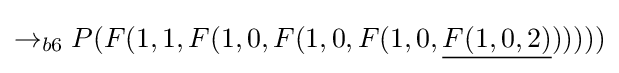
\rightarrow _{b6}P(F(1,1,F(1,0,F(1,0,F(1,0,{\underline {F(1,0,2)}})))))